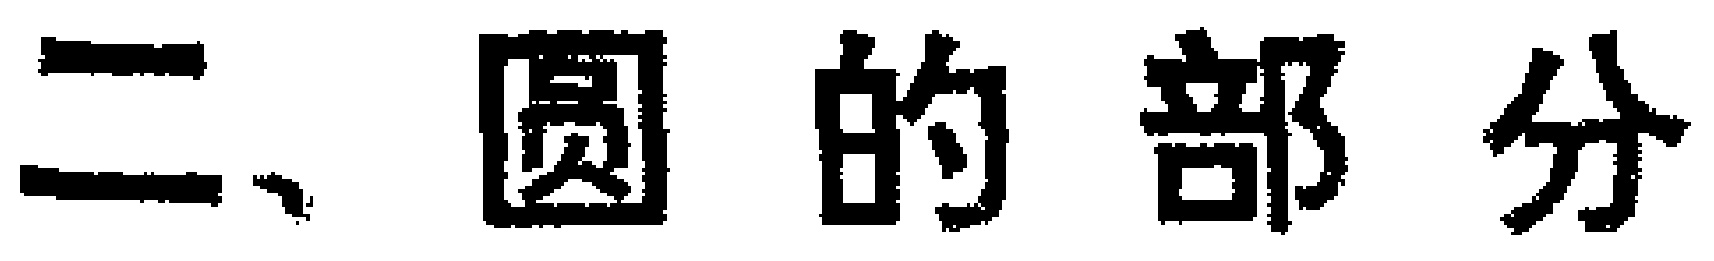
二、圆的部分